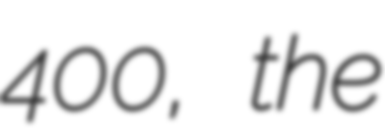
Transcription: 400, the